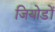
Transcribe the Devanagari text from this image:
जियोडों